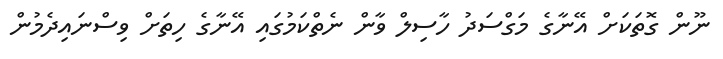
ނޫން ގޮތަކަށް އޭނާގެ މަގްސަދު ހާސިލް ވާން ނެތްކަމުގައި އޭނާގެ ހިތަށް ވިސްނައިދެމުން